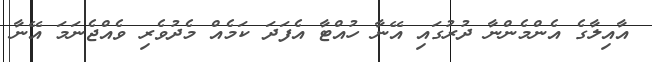
އާއިލާގެ އެންމެންނާ ދުރުގައި އޭނާ ހުއްޓާ އެފަދަ ކަމެއް މެދުވެރި ވެއްޖެނަމަ އޭނާ